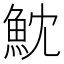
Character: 魫